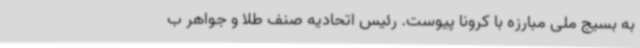
به بسیج ملی مبارزه با کرونا پیوست. رئیس اتحادیه صنف طلا و جواهر ب